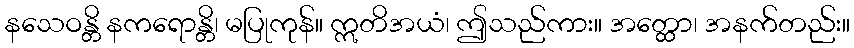
နသေဝန္တိ နကရောန္တိ၊ မပြုကုန်။ ဣတိအယံ၊ ဤသည်ကား။ အတ္ထော၊ အနက်တည်း။